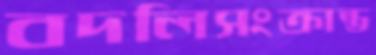
বদলিসংক্রান্ত